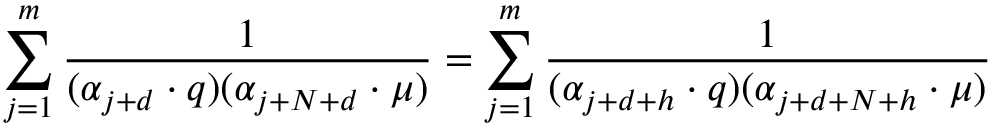
\sum _ { j = 1 } ^ { m } { \frac { 1 } { ( \alpha _ { j + d } \cdot q ) ( \alpha _ { j + N + d } \cdot \mu ) } } = \sum _ { j = 1 } ^ { m } { \frac { 1 } { ( \alpha _ { j + d + h } \cdot q ) ( \alpha _ { j + d + N + h } \cdot \mu ) } }